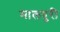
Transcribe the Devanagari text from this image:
मालपुरी